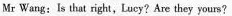
Mr Wang: Is that right,Lucy?Are they yours?